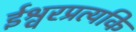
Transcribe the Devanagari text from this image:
ईश्वरप्रत्यकि